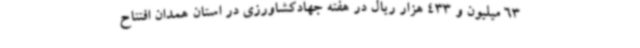
63 میلیون و 433 هزار ریال در هفته جهادکشاورزی در استان همدان افتتاح